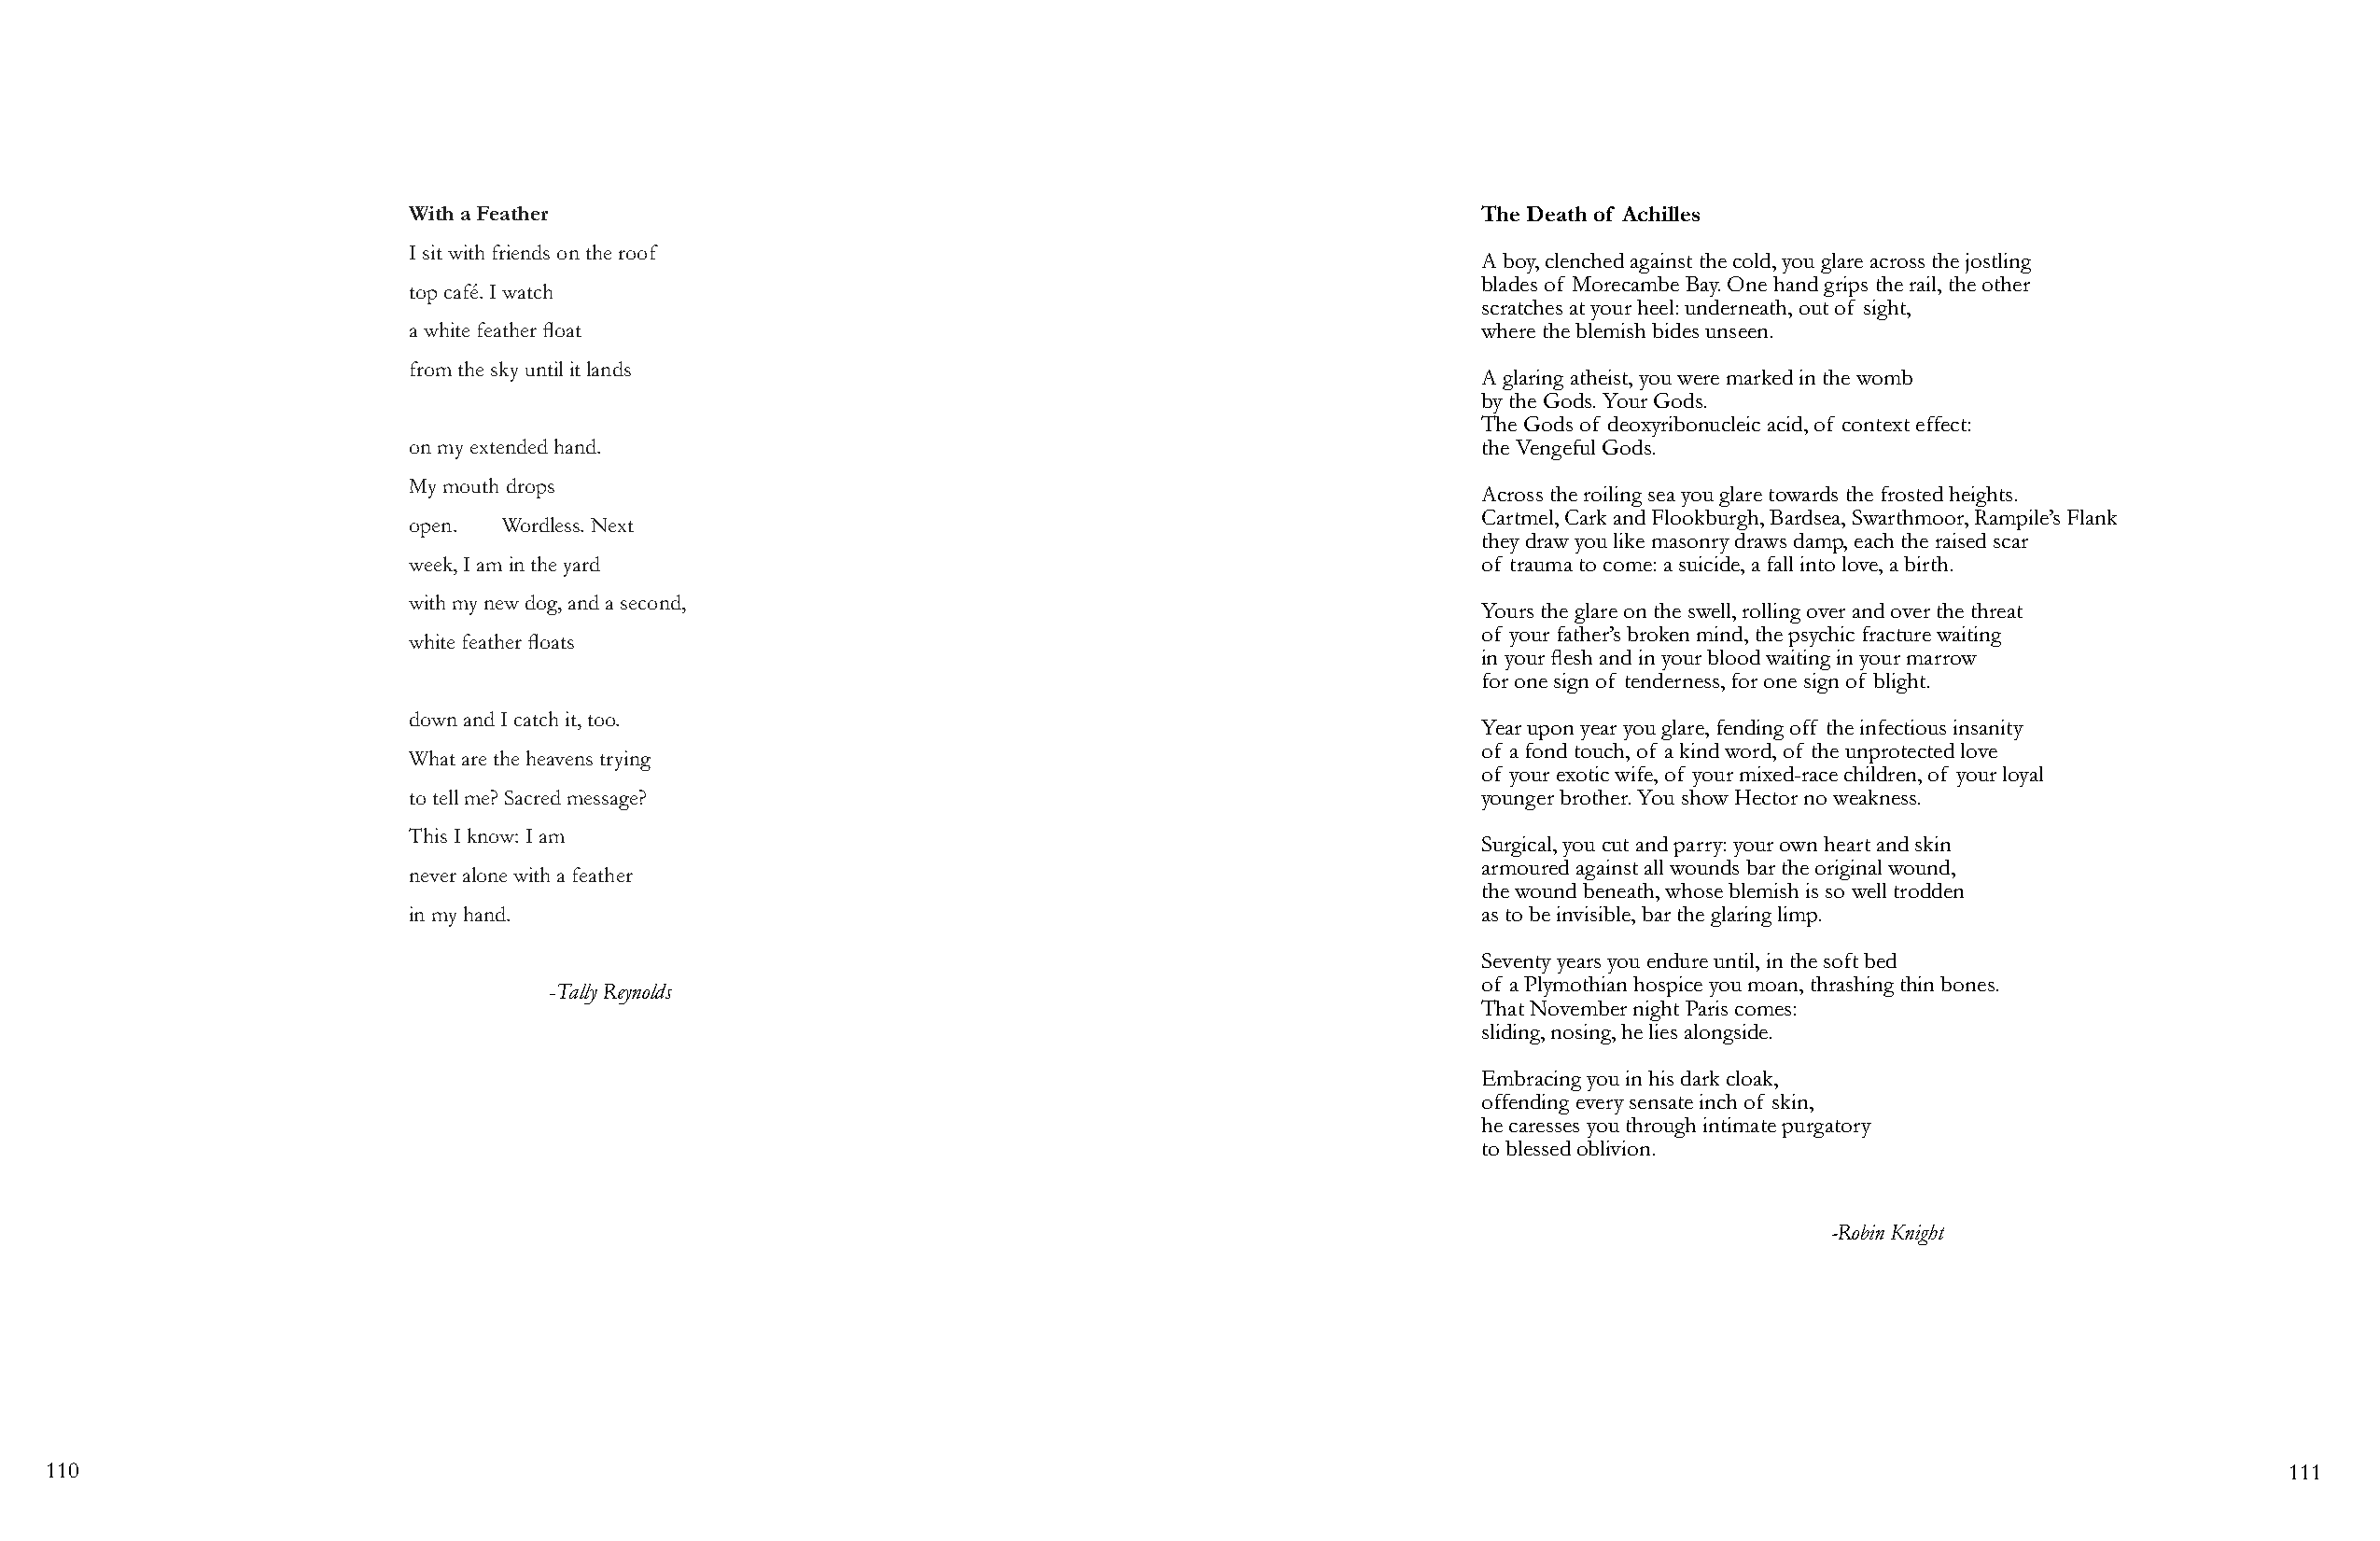
With a Feather                                                              The Death of Achilles
 I sit with friends on the roof
 A boy, clenched against the cold, you glare across the jostling
 blades of Morecambe Bay. One hand grips the rail, the other
 top café. I watch
 scratches at your heel: underneath, out of sight,
 a white feather float                                                       where the blemish bides unseen.
 from the sky until it lands
 A glaring atheist, you were marked in the womb
 by the Gods. Your Gods.
 The Gods of deoxyribonucleic acid, of context effect:
 on my extended hand.                                                        the Vengeful Gods.
 My mouth drops
 Across the roiling sea you glare towards the frosted heights.
 Cartmel, Cark and Flookburgh, Bardsea, Swarthmoor, Rampile’s Flank
 open.  Wordless. Next
 they draw you like masonry draws damp, each the raised scar
 week, I am in the yard                                                      of trauma to come: a suicide, a fall into love, a birth.
 with my new dog, and a second,
 Yours the glare on the swell, rolling over and over the threat
 of your father’s broken mind, the psychic fracture waiting
 white feather floats
 in your flesh and in your blood waiting in your marrow
 for one sign of tenderness, for one sign of blight.
 down and I catch it, too.
 Year upon year you glare, fending off the infectious insanity
 What are the heavens trying
 of a fond touch, of a kind word, of the unprotected love
 of your exotic wife, of your mixed-race children, of your loyal
 to tell me? Sacred message?                                                 younger brother. You show Hector no weakness.
 This I know: I am
 Surgical, you cut and parry: your own heart and skin
 armoured against all wounds bar the original wound,
 never alone with a feather
 the wound beneath, whose blemish is so well trodden
 in my hand.                                                                 as to be invisible, bar the glaring limp.
 Seventy years you endure until, in the soft bed
 of a Plymothian hospice you moan, thrashing thin bones.
 -Tally Reynolds
 That November night Paris comes:
 sliding, nosing, he lies alongside.
 Embracing you in his dark cloak,
 offending every sensate inch of skin,
 he caresses you through intimate purgatory
 to blessed oblivion.
 -Robin Knight
 110                                                                                                                                                            111